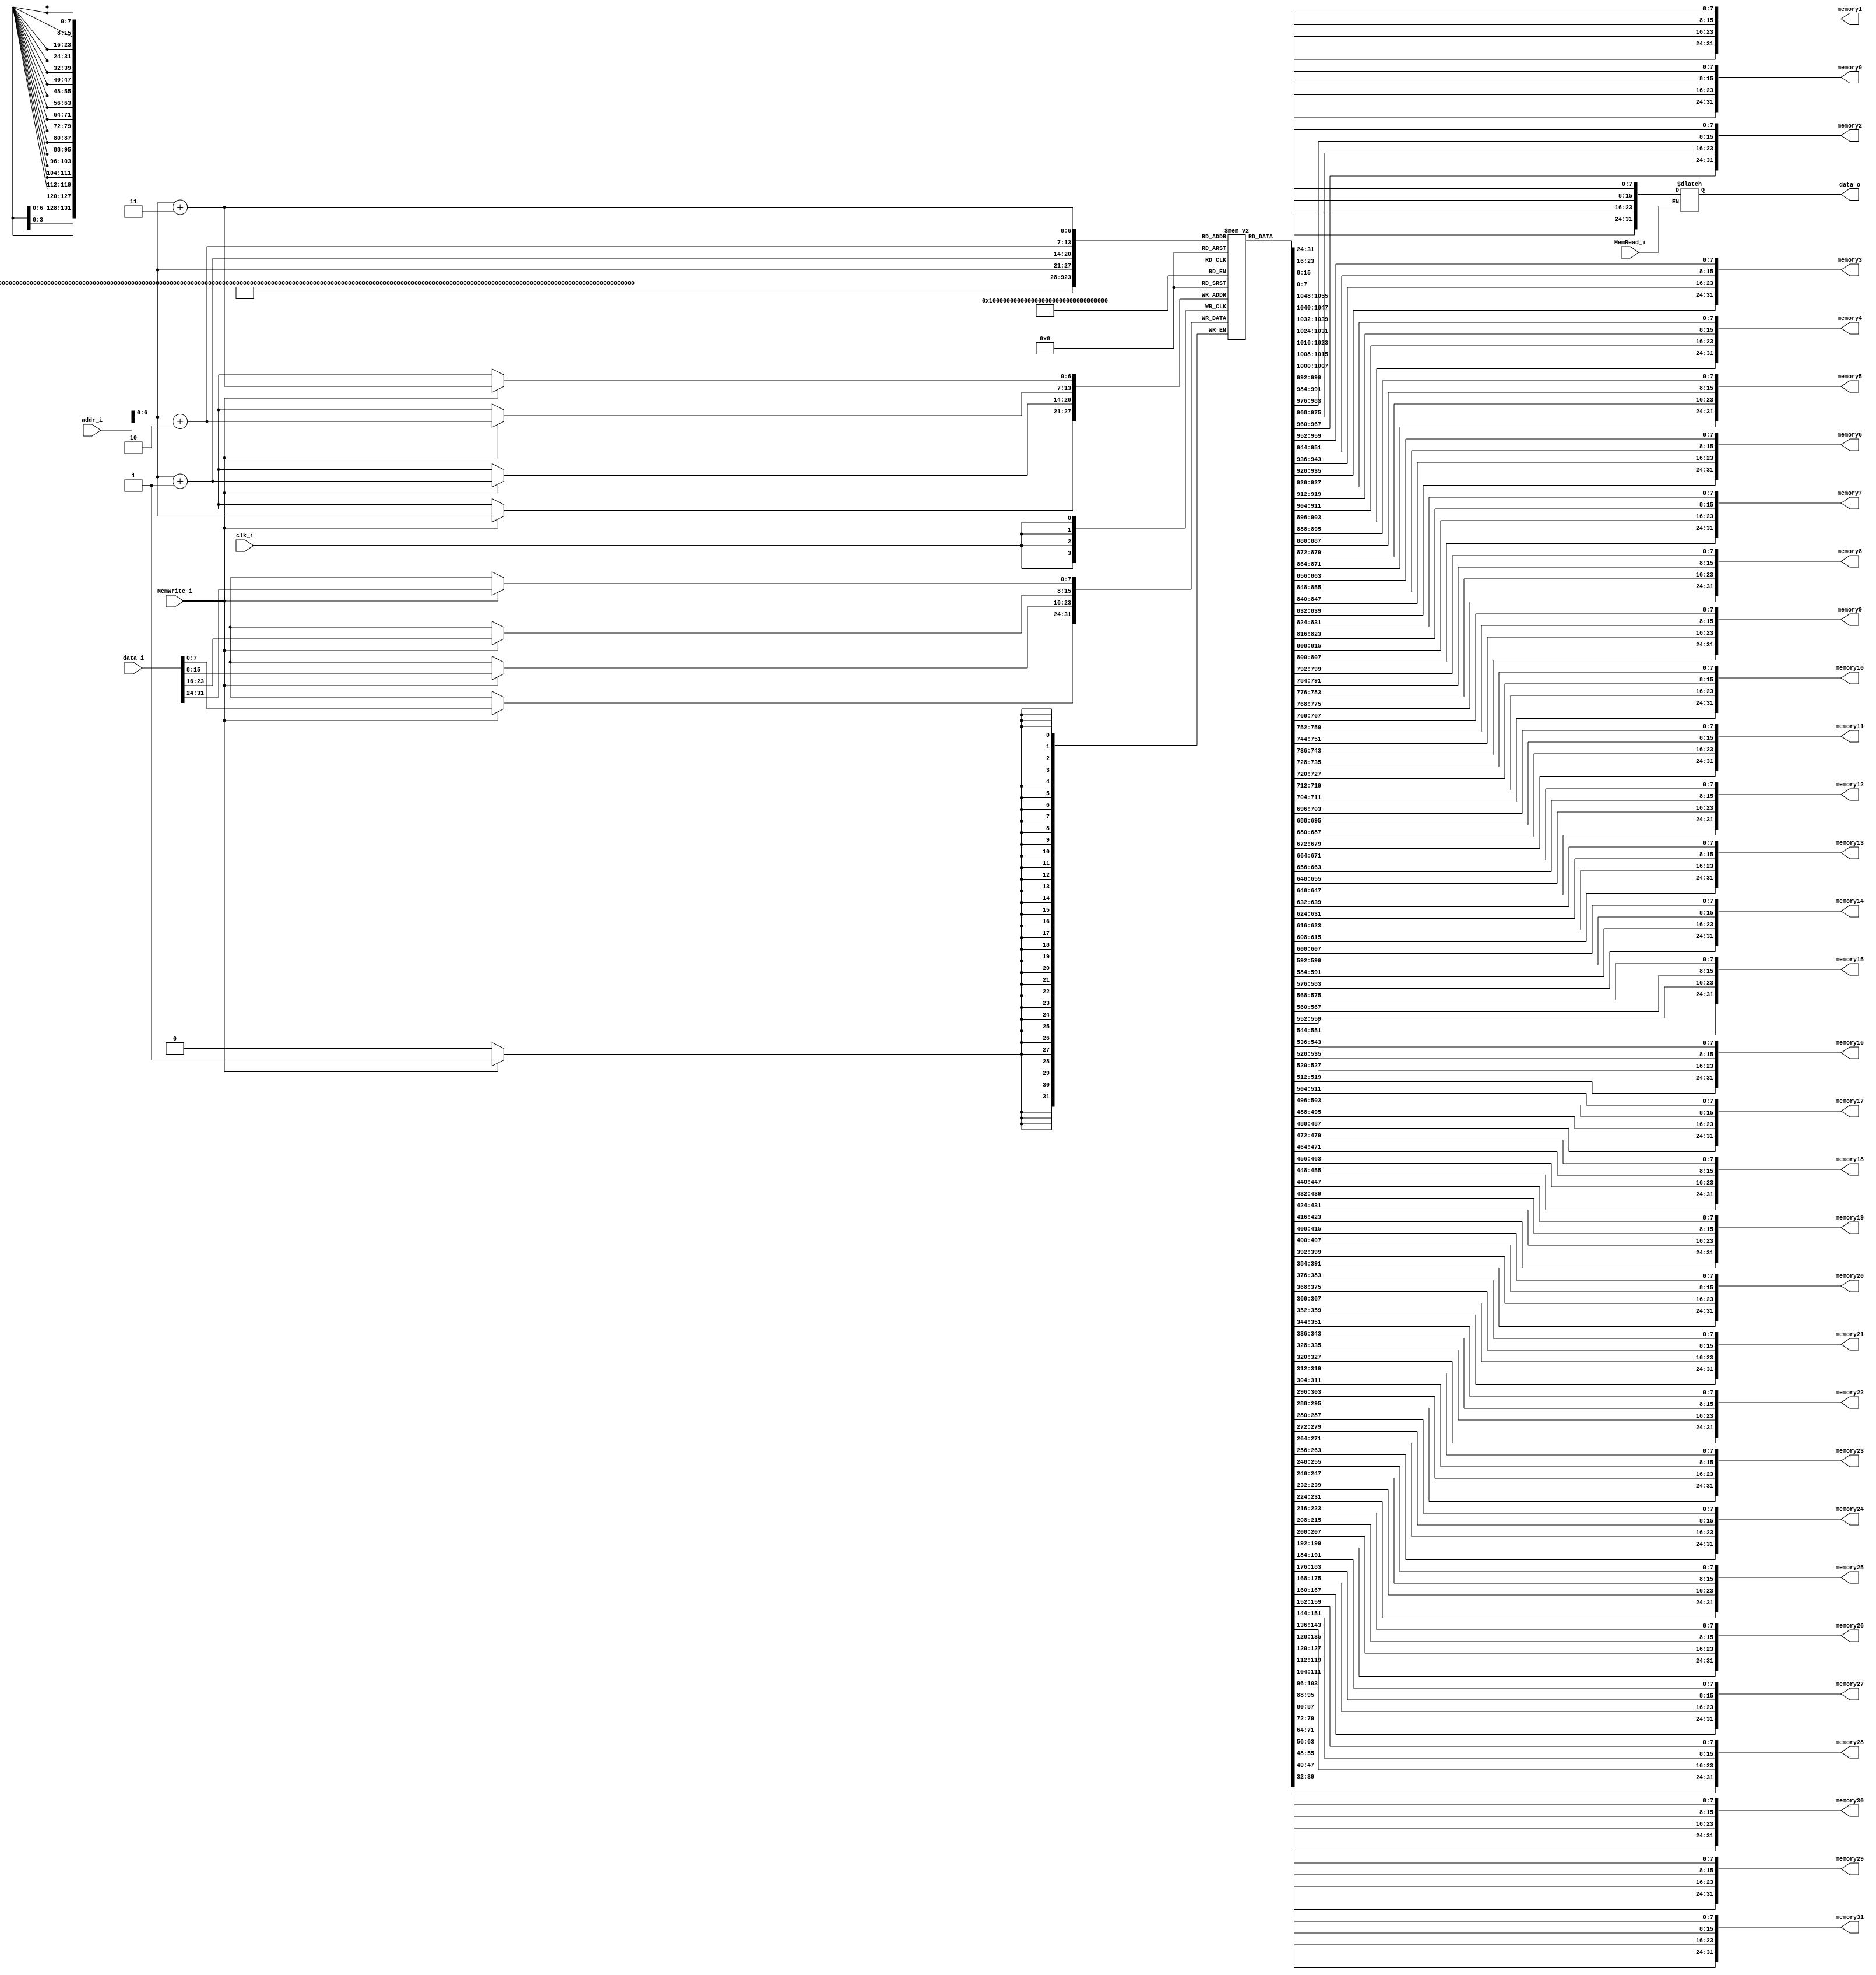
//////////////////////////////////////////////////////////////////////////////////
// Company: 
// Engineer: 
// 
// Design Name: 
// Module Name:    Data_Memory 
// Project Name: 
// Target Devices: 
// Tool versions: 
// Description: 
//
// Dependencies: 
//
// Revision: 
// Revision 0.01 - File Created
// Additional Comments: 
//
//////////////////////////////////////////////////////////////////////////////////
module Data_Memory
(
	clk_i,
	addr_i,
	data_i,
	MemRead_i,
	MemWrite_i,
	memory0 ,
	memory1 ,
	memory2 ,
	memory3 ,
	memory4 ,
	memory5 ,
	memory6 ,
	memory7 ,
	memory8 ,
	memory9 ,
	memory10,
	memory11,
	memory12,
	memory13,
	memory14,
	memory15,
	memory16,
	memory17,
	memory18,
	memory19,
	memory20,
	memory21,
	memory22,
	memory23,
	memory24,
	memory25,
	memory26,
	memory27,
	memory28,
	memory29,
	memory30,
	memory31,
	data_o
);

// Interface
input				clk_i;
input	[31:0]		addr_i;
input	[31:0]		data_i;
input				MemRead_i;
input				MemWrite_i;
output  [31:0]  memory0 ;
output  [31:0]  memory1 ;
output  [31:0]  memory2 ;
output  [31:0]  memory3 ;
output  [31:0]  memory4 ;
output  [31:0]  memory5 ;
output  [31:0]  memory6 ;
output  [31:0]  memory7 ;
output  [31:0]  memory8 ;
output  [31:0]  memory9 ;
output  [31:0]  memory10;
output  [31:0]  memory11;
output  [31:0]  memory12;
output  [31:0]  memory13;
output  [31:0]  memory14;
output  [31:0]  memory15;
output  [31:0]  memory16;
output  [31:0]  memory17;
output  [31:0]  memory18;
output  [31:0]  memory19;
output  [31:0]  memory20;
output  [31:0]  memory21;
output  [31:0]  memory22;
output  [31:0]  memory23;
output  [31:0]  memory24;
output  [31:0]  memory25;
output  [31:0]  memory26;
output  [31:0]  memory27;
output  [31:0]  memory28;
output  [31:0]  memory29;
output  [31:0]  memory30;
output  [31:0]  memory31;
output	[31:0] 		data_o;

// Signals
reg		[31:0]		data_o;

// Memory
reg		[7:0]		Mem 			[0:127];	// address: 0x00~0x80
integer				i;





// For Testbench to debug
wire	[31:0]		memory			[0:31];
assign  memory[0]  = {Mem[3], Mem[2], Mem[1], Mem[0]};
assign  memory[1]  = {Mem[7], Mem[6], Mem[5], Mem[4]};
assign  memory[2]  = {Mem[11], Mem[10], Mem[9], Mem[8]};
assign  memory[3]  = {Mem[15], Mem[14], Mem[13], Mem[12]};
assign  memory[4]  = {Mem[19], Mem[18], Mem[17], Mem[16]};
assign  memory[5]  = {Mem[23], Mem[22], Mem[21], Mem[20]};
assign  memory[6]  = {Mem[27], Mem[26], Mem[25], Mem[24]};
assign  memory[7]  = {Mem[31], Mem[30], Mem[29], Mem[28]};
assign  memory[8]  = {Mem[35], Mem[34], Mem[33], Mem[32]};
assign  memory[9]  = {Mem[39], Mem[38], Mem[37], Mem[36]};
assign  memory[10] = {Mem[43], Mem[42], Mem[41], Mem[40]};
assign  memory[11] = {Mem[47], Mem[46], Mem[45], Mem[44]};
assign  memory[12] = {Mem[51], Mem[50], Mem[49], Mem[48]};
assign  memory[13] = {Mem[55], Mem[54], Mem[53], Mem[52]};
assign  memory[14] = {Mem[59], Mem[58], Mem[57], Mem[56]};
assign  memory[15] = {Mem[63], Mem[62], Mem[61], Mem[60]};
assign  memory[16] = {Mem[67], Mem[66], Mem[65], Mem[64]};
assign  memory[17] = {Mem[71], Mem[70], Mem[69], Mem[68]};
assign  memory[18] = {Mem[75], Mem[74], Mem[73], Mem[72]};
assign  memory[19] = {Mem[79], Mem[78], Mem[77], Mem[76]};
assign  memory[20] = {Mem[83], Mem[82], Mem[81], Mem[80]};
assign  memory[21] = {Mem[87], Mem[86], Mem[85], Mem[84]};
assign  memory[22] = {Mem[91], Mem[90], Mem[89], Mem[88]};
assign  memory[23] = {Mem[95], Mem[94], Mem[93], Mem[92]};
assign  memory[24] = {Mem[99], Mem[98], Mem[97], Mem[96]};
assign  memory[25] = {Mem[103], Mem[102], Mem[101], Mem[100]};
assign  memory[26] = {Mem[107], Mem[106], Mem[105], Mem[104]};
assign  memory[27] = {Mem[111], Mem[110], Mem[109], Mem[108]};
assign  memory[28] = {Mem[115], Mem[114], Mem[113], Mem[112]};
assign  memory[29] = {Mem[119], Mem[118], Mem[117], Mem[116]};
assign  memory[30] = {Mem[123], Mem[122], Mem[121], Mem[120]};
assign  memory[31] = {Mem[127], Mem[126], Mem[125], Mem[124]};

initial begin
	for(i=0; i<128; i=i+1)
		Mem[i] =8'b0;

end 

always@(posedge clk_i) begin
    if(MemWrite_i) begin
		Mem[addr_i+3] <= data_i[31:24];
		Mem[addr_i+2] <= data_i[23:16];
		Mem[addr_i+1] <= data_i[15:8];
		Mem[addr_i]   <= data_i[7:0];
	end
end

always@(addr_i or MemRead_i) begin
	if(MemRead_i)
		data_o = {Mem[addr_i+3], Mem[addr_i+2], Mem[addr_i+1], Mem[addr_i]};
end



assign  memory0  =  memory[0]  ;  
assign  memory1  =  memory[1]  ;  
assign  memory2  =  memory[2]  ;  
assign  memory3  =  memory[3]  ;  
assign  memory4  =  memory[4]  ;  
assign  memory5  =  memory[5]  ;  
assign  memory6  =  memory[6]  ;  
assign  memory7  =  memory[7]  ;  
assign  memory8  =  memory[8]  ;  
assign  memory9  =  memory[9]  ;  
assign  memory10 =  memory[10] ; 
assign  memory11 =  memory[11] ; 
assign  memory12 =  memory[12] ; 
assign  memory13 =  memory[13] ; 
assign  memory14 =  memory[14] ; 
assign  memory15 =  memory[15] ; 
assign  memory16 =  memory[16] ; 
assign  memory17 =  memory[17] ; 
assign  memory18 =  memory[18] ; 
assign  memory19 =  memory[19] ; 
assign  memory20 =  memory[20] ; 
assign  memory21 =  memory[21] ; 
assign  memory22 =  memory[22] ; 
assign  memory23 =  memory[23] ; 
assign  memory24 =  memory[24] ; 
assign  memory25 =  memory[25] ; 
assign  memory26 =  memory[26] ; 
assign  memory27 =  memory[27] ; 
assign  memory28 =  memory[28] ; 
assign  memory29 =  memory[29] ; 
assign  memory30 =  memory[30] ; 
assign  memory31 =  memory[31] ; 
endmodule